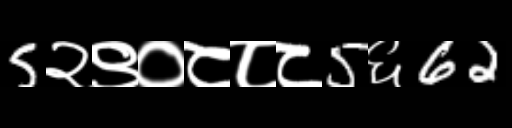
Text: 5२९०८८८5६62